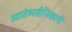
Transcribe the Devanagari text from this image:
स्वातंत्र्यसैनिकाचे